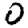
Digit: 0